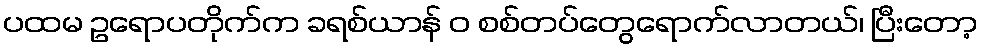
ပထမ ဥရောပတိုက်က ခရစ်ယာန် ဝ စစ်တပ်တွေရောက်လာတယ်၊ ပြီးတော့